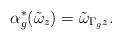
LaTeX: \begin{align*}\alpha^*_g(\tilde{\omega}_{z})=\tilde{\omega}_{\Gamma_gz}.\end{align*}